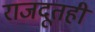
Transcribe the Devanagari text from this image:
राजदूतही